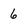
Character: 6